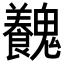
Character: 𩴽